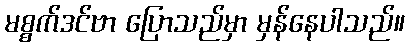
မစ္စက်ဒင်ဗာ ပြောသည်မှာ မှန်နေပါသည်။